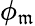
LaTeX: \phi_{\mathfrak{m}}